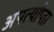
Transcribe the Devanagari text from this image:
अपर्त्याप्ता